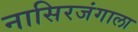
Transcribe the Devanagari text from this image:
नासिरजंगाला